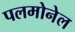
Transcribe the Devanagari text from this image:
पलमोनेल